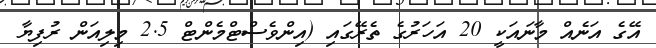
އޭގެ އަނެއް މާނައަކީ 20 އަހަރުގެ ތެރޭގައި (އިންވެސްޓްމެންޓް 2.5 މިލިއަން ރުފިޔާ